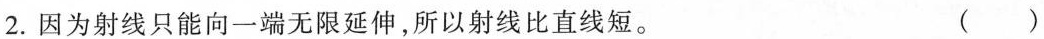
2.因为射线只能向一端无限延伸，所以射线比直线短。 ( )